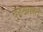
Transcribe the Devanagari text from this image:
दरखास्त